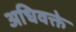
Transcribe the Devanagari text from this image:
अधिवक्ते